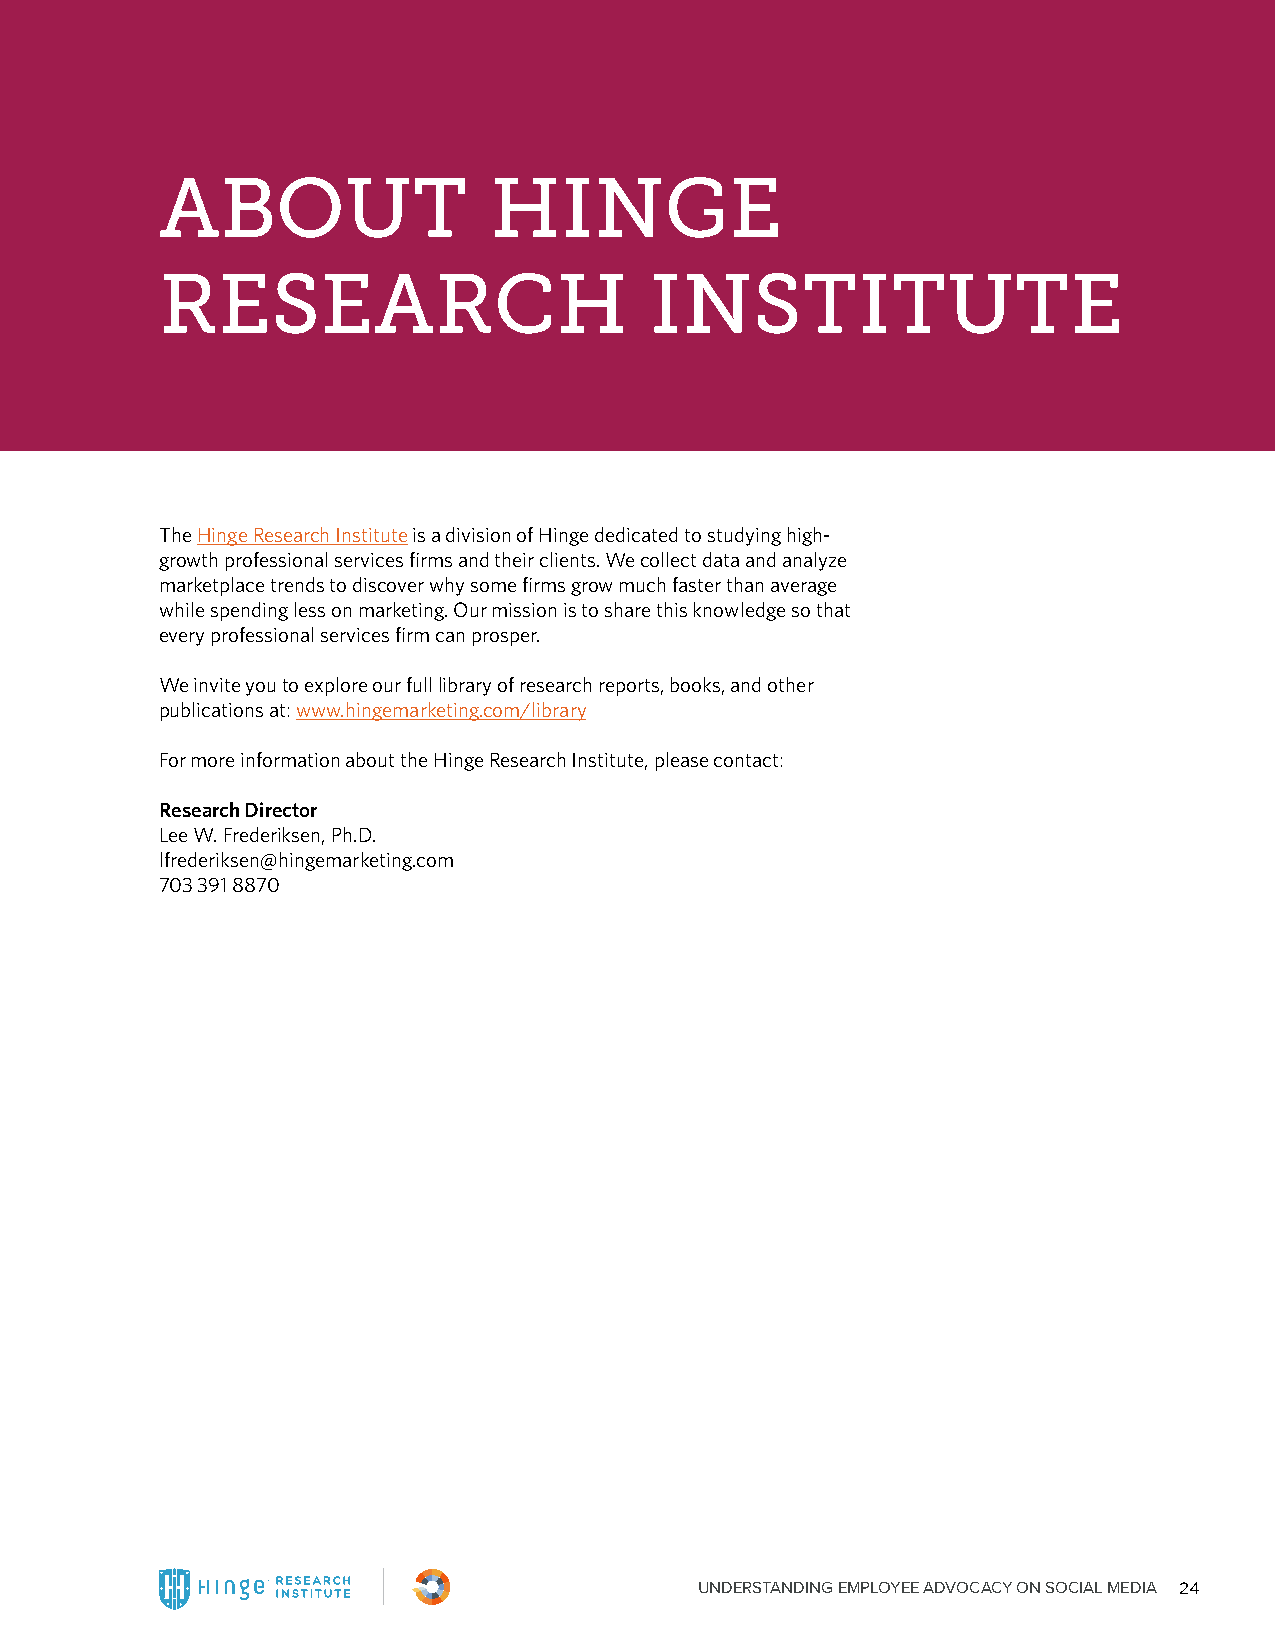
ABOUT                HINGE
 RESEARCH                        INSTITUTE
 The Hinge Research Institute is a division of Hinge dedicated to studying high-
 growth professional services firms and their clients. We collect data and analyze
 marketplace trends to discover why some firms grow much faster than average
 while spending less on marketing. Our mission is to share this knowledge so that
 every professional services firm can prosper.
 We invite you to explore our full library of research reports, books, and other
 publications at: www.hingemarketing.com/library
 For more information about the Hinge Research Institute, please contact:
 Research Director
 Lee W. Frederiksen, Ph.D.
 lfrederiksen@hingemarketing.com
 703 391 8870
 UNDERSTANDING EMPLOYEE ADVOCACY ON SOCIAL MEDIA 24